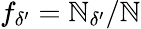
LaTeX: f_{\delta^{\prime}}=\mathbb{N}_{\delta^{\prime}}/\mathbb{N}